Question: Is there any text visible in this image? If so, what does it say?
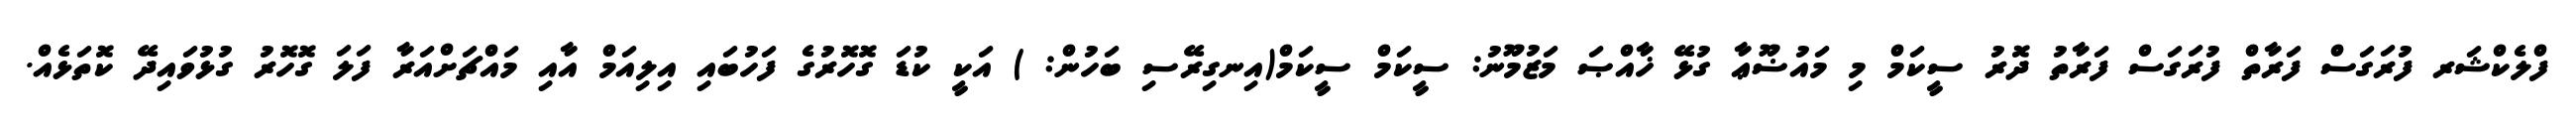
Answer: ފްލެކްޝަރ ފުރަގަސް ފަރާތް ފުރަގަސް ފަރާތު ދޮރު ސީކަމް މި މައުޟޫޢާ ގުޅޭ ޚާއްޞަ މަޒުމޫނު: ސީކަމް ސީކަމް(އިނގިރޭސި ބަހުން: ) އަކީ ކުޑަ ގޮހޮރުގެ ފަހުބައި އިލިއަމް އާއި މައްޗަށްއަރާ ފަލަ ގޮހޮރު ގުޅުވައިދޭ ކޮތަޅެއް.